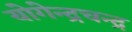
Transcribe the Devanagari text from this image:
योगेन्द्रचन्द्र